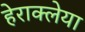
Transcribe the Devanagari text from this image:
हेराक्लेया